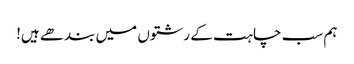
ہم سب چاہت کے رشتوں میں بندھے ہیں!